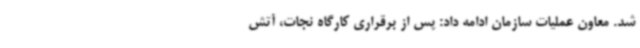
شد. معاون عملیات سازمان ادامه داد: پس از برقراری کارگاه نجات، آتش